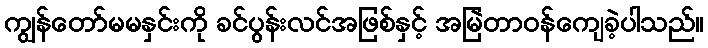
ကျွန်တော်မမနှင်းကို ခင်ပွန်းလင်အဖြစ်နှင့် အမြဲတာဝန်ကျေခဲ့ပါသည်။